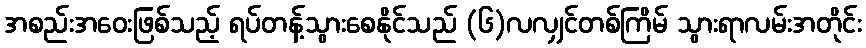
အစည်းအဝေးဖြစ်သည့် ရပ်တန့်သွားစေနိုင်သည် (၆)လလျှင်တစ်ကြိမ် သွားရာလမ်းအတိုင်း